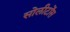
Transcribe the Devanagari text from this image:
सोलीटोंस